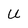
Character: U